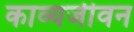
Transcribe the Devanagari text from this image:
काव्यजीवन